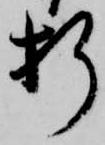
折